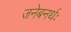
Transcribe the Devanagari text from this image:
जनेबनर्थः